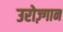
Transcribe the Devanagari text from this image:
उरोज़्गान